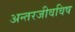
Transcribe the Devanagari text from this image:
अन्तरजीवविष